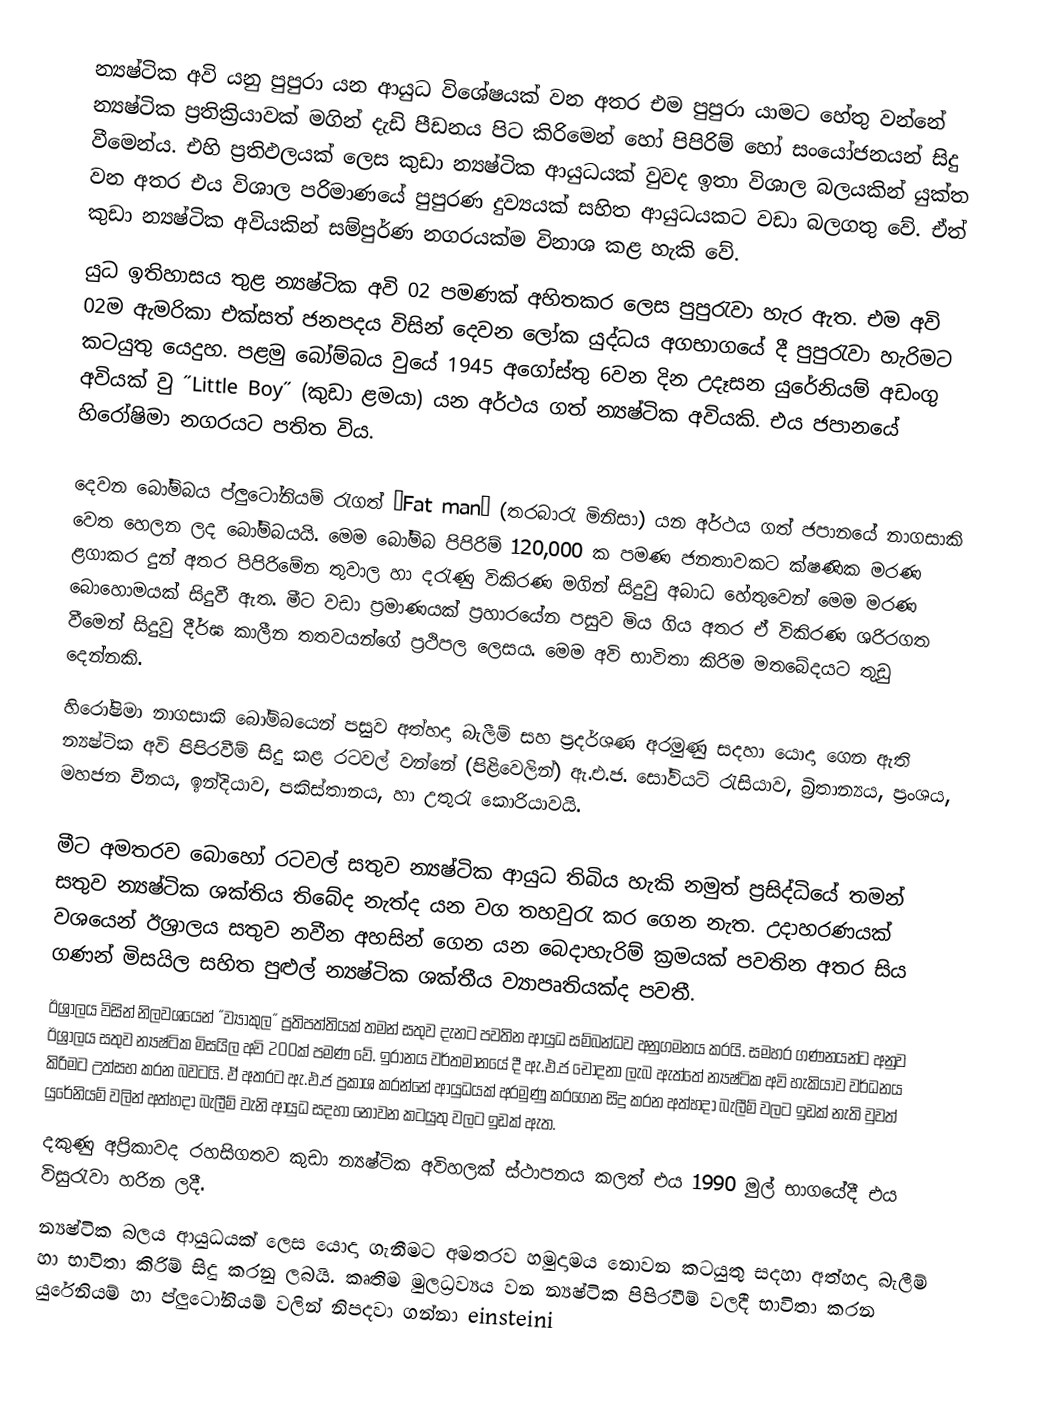
න්‍යෂ්ටික අවි යනු පුපුරා යන ආයුධ විශේෂයක් වන අතර එම පුපුරා යාමට හේතු වන්නේ න්‍යෂ්ටික ප්‍රතික්‍රියාවක් මගින් දැඩි පීඩනය පිට කිරිමෙන් හෝ පිපිරිම් හෝ සංයෝජනයන් සිදු වීමෙන්ය. එහි ප්‍රතිඵලයක් ලෙස කුඩා න්‍යෂ්ටික ආයුධයක් වුවද ඉතා විශාල බලයකින් යුක්ත වන අතර එය විශාල පරිමාණයේ පුපුරණ දුව්‍යයක් සහිත ආයුධයකට වඩා බලගතු වේ. ඒත් කුඩා න්‍යෂ්ටික අවියකින් සම්පුර්ණ නගරයක්ම විනාශ කළ හැකි වේ.
යුධ ඉතිහාසය තුළ න්‍යෂ්ටික අවි 02 පමණක් අහිතකර ලෙස පුපුරැවා හැර ඇත. එම අවි 02ම ඇමරිකා එක්සත් ජනපදය විසින් දෙවන ලෝක යුද්ධය අගභාගයේ දී පුපුරැවා හැරිමට කටයුතු යෙදුහ. පළමු බෝම්බය වුයේ 1945 අගෝස්තු 6වන දින උදෑසන යුරේනියම් අඩංගු අවියක් වු ˝Little Boy˝ (කුඩා ළමයා) යන අර්ථය ගත් න්‍යෂ්ටික අවියකි. එය ජපානයේ හිරෝෂිමා නගරයට පතිත විය.

දෙවන බෝම්බය ප්ලුටෝනියම් රැගත් ˝Fat man˝ (තරබාරැ මිනිසා) යන අර්ථය ගත් ජපානයේ නාගසාකි වෙත හෙලන ලද බෝම්බයයි. මෙම බෝම්බ පිපිරිම් 120,000 ක පමණ ජනතාවකට ක්ෂණික මරණ ළගාකර දුන් අතර පිපි‍රිමේන තුවාල හා දරැණු විකිරණ මගින් සිදුවු අබාධ හේතුවෙන් මෙම මරණ බොහොමයක් සිදුවී ඇත. මීට වඩා ප්‍රමාණයක් ප්‍රහාරයේන පසුව මිය ගිය අතර ඒ විකිරණ ශරිරගත වීමෙන් සිදුවු දීර්ඝ කාලීන තතවයන්ගේ ප්‍රථිපල ලෙසය. මෙම අවි භාවිතා කිරිම මතබේදයට තුඩු දෙන්නකි.
හිරෝෂිමා නාගසාකි බෝම්බයෙන් පසුව අත්හදා බැලීම් සහ ප්‍රදර්ශණ අරමුණු සදහා යොදා ගෙන ඇති න්‍යෂ්ටික අවි පිපිරවීම් සිදු කළ රටවල් වන්නේ (පිළිවෙලින්) ඇ.එ.ජ. සෝවියට් රැසියාව, බ්‍රිතාන්‍යය, ප්‍රංශය, මහජන චීනය, ඉන්දියාව, පකිස්තානය, හා උතුරැ කොරියාවයි.

මීට අමතරව  බොහෝ රටවල් සතුව න්‍යෂ්ටික ආයුධ තිබිය හැකි නමුත් ප්‍රසිද්ධියේ තමන් සතුව න්‍යෂ්ටික ශක්තිය තිබේද නැත්ද යන වග තහවුරැ කර ගෙන නැත. උදාහරණයක් වශයෙන් ඊශ්‍රාලය සතුව නවීන අහසින් ගෙන යන බෙදාහැරිම් ක්‍රමයක් පවතින අතර සිය ගණන් මිසයිල සහිත පුළුල් න්‍යෂ්ටික ශක්තීය ව්‍යාපෘතියක්ද පවතී.
ඊශ්‍රාලය විසින් නිලවශයෙන් ˝ව්‍යාකුල˝ ප්‍රතිපත්තියක් තමන් සතුව දැනට පවතින ආයුධ සම්බන්ධව අනුගමනය කරයි. සමහර ගණනයන්ට අනුව ඊශ්‍රාලය සතුව න්‍යෂ්ටික මිසයිල අවි 200ක් පමණ වේ. ඉරානය වර්තමානයේ දී ඇ.එ.ජ චෝදනා ලැබ ඇත්තේ න්‍යෂ්ටික අවි හැකියාව වර්ධනය කිරිමට උත්සහ කරන බවටයි. ඒ අතරට ඇ.එ.ජ ප්‍රකාශ කරන්නේ ආයුධයක් අරමුණු කරගෙන සිදු කරන අත්හදා බැලීම් වලට ඉඩක් නැති වුවත් යුරේනියම් වලින් අත්හදා බැලීම් වැනි ආයුධ සදහා නොවන කටයුතු  වලට ඉඩක් ඇත.
දකුණු අප්‍රිකාවද රහසිගතව කුඩා න්‍යෂ්ටික අවිහලක් ස්ථාපනය කලත් එය 1990 මුල් භාගයේදී එය විසුරැවා හරින ලදී.
න්‍යෂ්ටික බලය ආයුධයක් ලෙස යොදා ගැනීමට අමතරව හමුදාමය නොවන කටයුතු සදහා අත්හදා බැලීම් හා භාවිතා කිරිම් සිදු කරනු ලබයි. කෘතිම මුලධ්‍රව්‍යය වන න්‍යෂ්ටික පිපිරවීම් වලදී භාවිතා කරන යුරේනියම් හා ප්ලුටෝනියම් වලින් නිපදවා ගන්නා einsteini